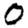
Digit: 0